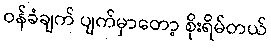
ဝန်ခံချက် ပျက်မှာတော့ စိုးရိမ်တယ်